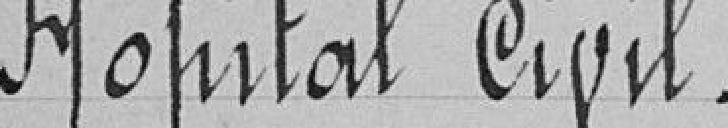
Hôpital civil